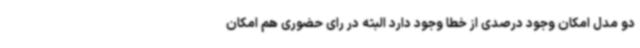
دو مدل امکان وجود درصدی از خطا وجود دارد البته در رای حضوری هم امکان